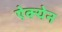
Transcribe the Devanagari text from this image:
ऐक्येन